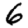
Digit: 6